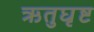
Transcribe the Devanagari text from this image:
ऋतुघृष्ट